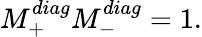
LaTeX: M_{+}^{diag}M_{-}^{diag}=1.